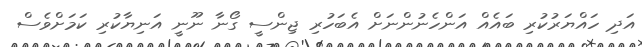
އަދި ހައްޔަރުކުރި ބައެއް އަންހެނުންނަށް އެބަހުރި ޖިންސީ ގޯނާ ނޫނީ އަނިޔާކުރި ކަމަށްވެސް